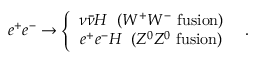
e ^ { + } e ^ { - } \to \left\{ \begin{array} { c } { { \nu \bar { \nu } H \; \; ( W ^ { + } W ^ { - } \mathrm { ~ f u s i o n } ) } } \\ { { e ^ { + } e ^ { - } H \; \; ( Z ^ { 0 } Z ^ { 0 } \mathrm { ~ f u s i o n } ) } } \end{array} \right. \; \; .